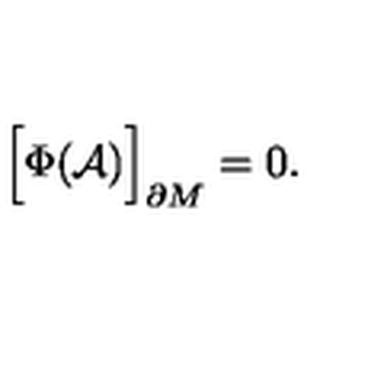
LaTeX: \Bigr [ \Phi ( { \cal A } ) \Bigr ] _ { \partial M } = 0 .